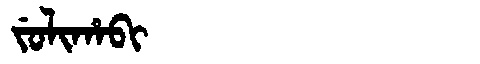
Manchu: ᠵᡠᠯᡳᡥᠠᠪᡳ
Romanization: JULIHABI